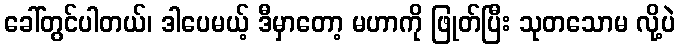
ခေါ်တွင်ပါတယ်၊ ဒါပေမယ့် ဒီမှာတော့ မဟာကို ဖြုတ်ပြီး သုတသောမ လို့ပဲ